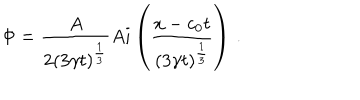
\Phi = { \frac { A } { 2 ( 3 \gamma t ) ^ { \frac { 1 } { 3 } } } } A i \left( { \frac { x - c _ { 0 } t } { ( 3 \gamma t ) ^ { \frac { 1 } { 3 } } } } \right) \, .